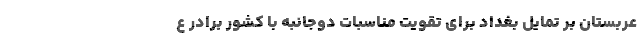
عربستان بر تمایل بغداد برای تقویت مناسبات دوجانبه با کشور برادر ع